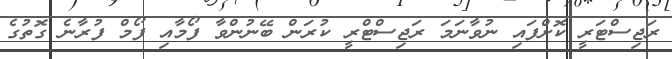
ރަޖިސްޓަރީ ކޮށްފައި ނުވާނަމަ ރަޖިސްޓްރީ ކުރަން ބޭނުންވާ ފޯމާއި ފޯމް ފުރާނެ ގޮތުގެ